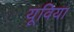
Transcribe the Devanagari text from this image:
यूविया